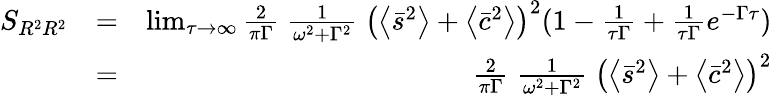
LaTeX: \begin{array}{rlr}{S_{R^{2}R^{2}}}&{=}&{\operatorname*{lim}_{\tau\to\infty}\frac{2}{\pi\Gamma}\; \frac{1}{\omega^{2}+\Gamma^{2}}\; \left(\left\langle\bar{s}^{2}\right\rangle+\left\langle\bar{c}^{2}\right\rangle\right)^{2}(1-\frac{1}{\tau\Gamma}+\frac{1}{\tau\Gamma}e^{-\Gamma\tau})}\\ &{=}&{\frac{2}{\pi\Gamma}\; \frac{1}{\omega^{2}+\Gamma^{2}}\; \left(\left\langle\bar{s}^{2}\right\rangle+\left\langle\bar{c}^{2}\right\rangle\right)^{2}}\end{array}